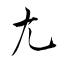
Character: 尢